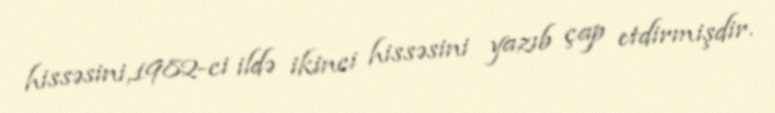
hissəsini,1982-ci ildə ikinci hissəsini yazıb çap etdirmişdir.